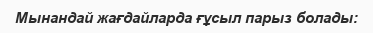
Мынандай жағдайларда ғұсыл парыз болады: